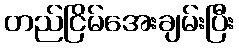
တည်ငြိမ်အေးချမ်းပြီး